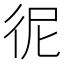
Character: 𢓚